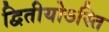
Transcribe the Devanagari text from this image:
द्वितीयोऽस्ति